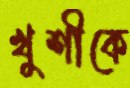
খুশীকে